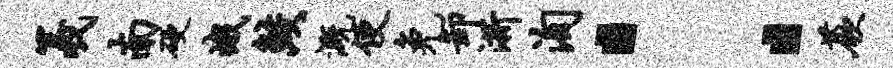
羲南硬峨鲛溉便免卸浙洵：蕨